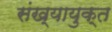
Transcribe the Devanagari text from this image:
संख्यायुक्त